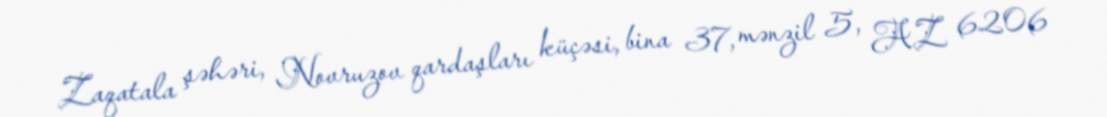
Zaqatala şəhəri, Novruzov qardaşları küçəsi, bina 37, mənzil 5, AZ 6206